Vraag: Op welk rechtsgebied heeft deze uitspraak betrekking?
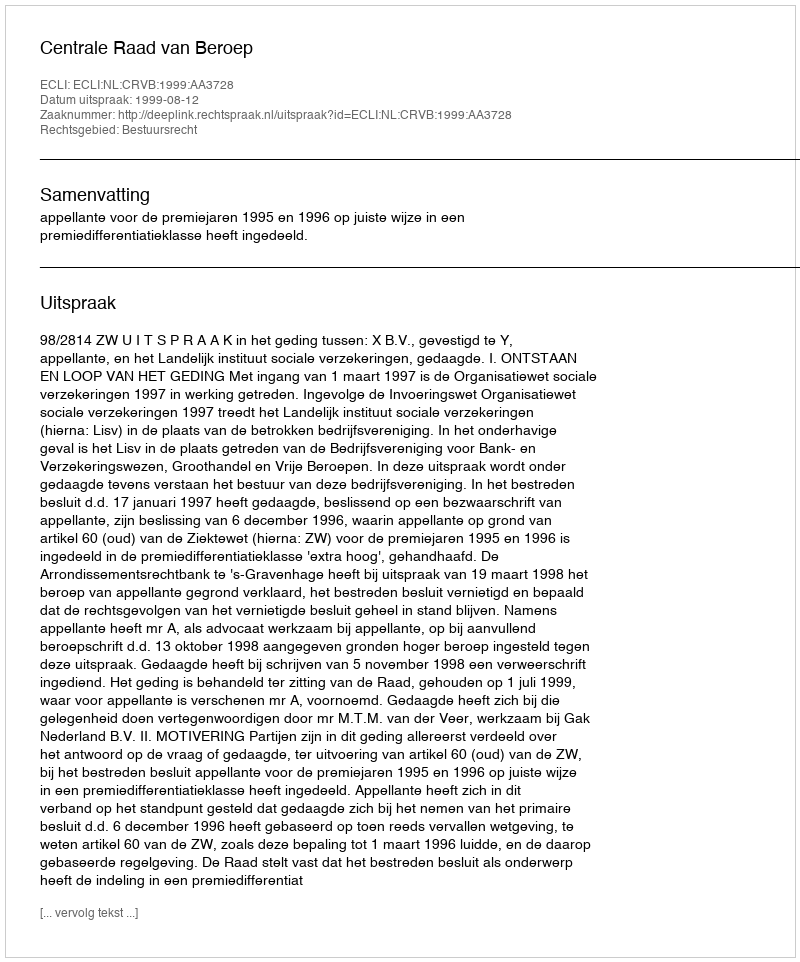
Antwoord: Bestuursrecht